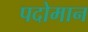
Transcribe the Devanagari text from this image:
पदोमान